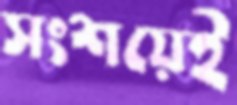
সংশয়েই